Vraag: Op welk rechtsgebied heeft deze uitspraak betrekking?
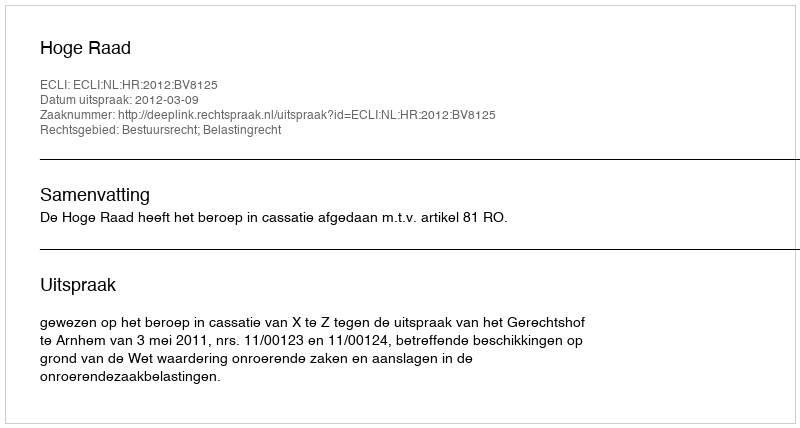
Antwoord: Bestuursrecht; Belastingrecht